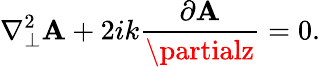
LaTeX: \nabla_{\perp}^{2}\mathbf{A}+2ik{\frac{{\partial\mathbf{A}}}{{\partialz}}}=0.